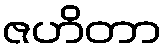
ဇဟိတာ